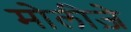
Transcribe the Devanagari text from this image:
मोलीज़े